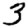
Digit: 3